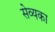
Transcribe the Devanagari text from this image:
सेव्यका